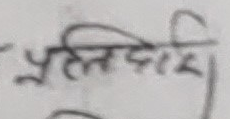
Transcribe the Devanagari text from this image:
प्रतिलिपि